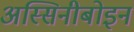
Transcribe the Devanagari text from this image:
अस्सिनीबोइन